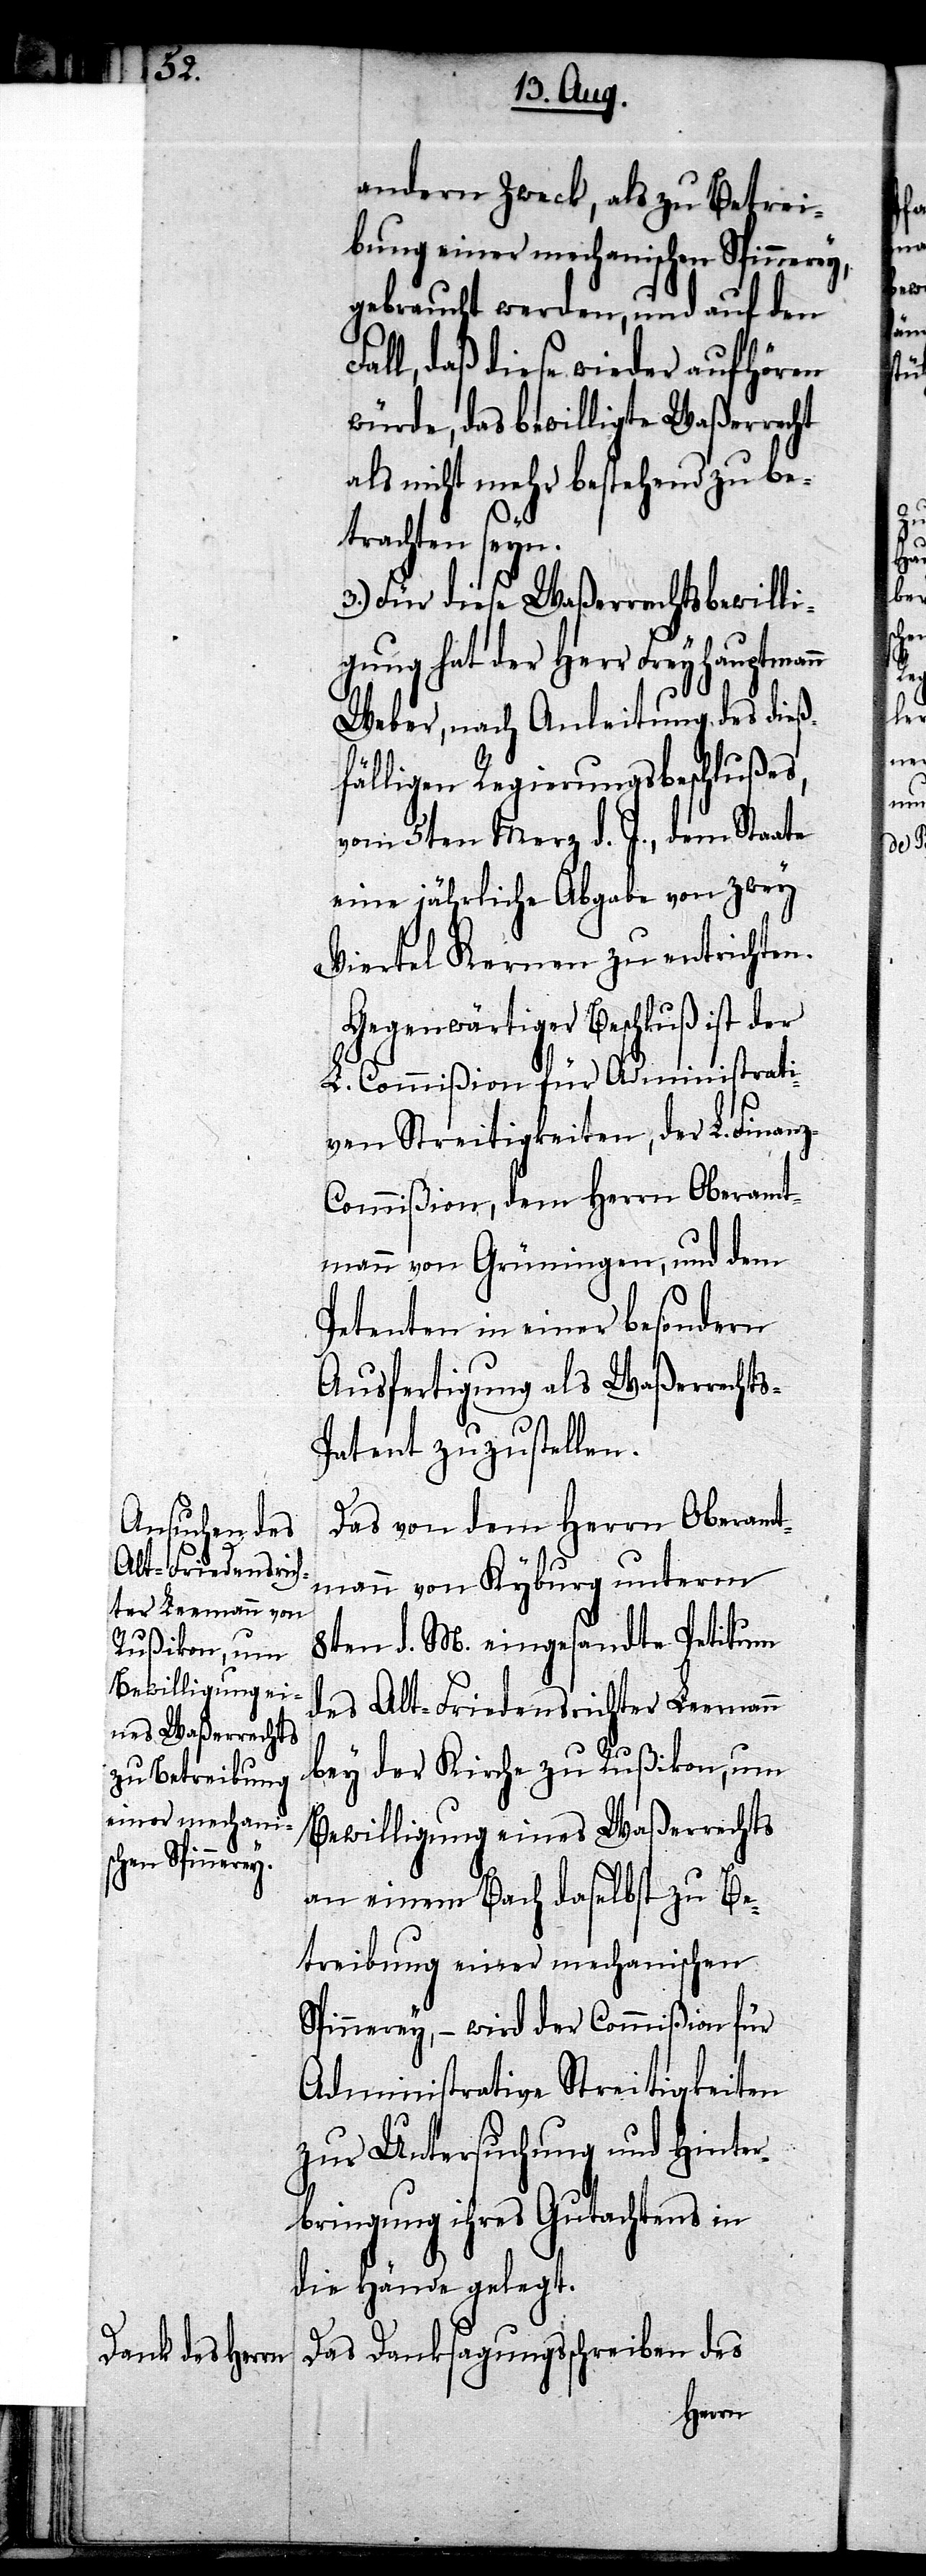
andern Zweck, als zu Betrei¬
bung einer mechanischen Spinner¬
gebraucht werden, und auf den
ll, daß diese wieder aufhören
würde, das bewilligte Waßerrecht
als nicht mehr bestehend zu be¬
trachten seyn.
3.) Für diese Waßerrechtsbewilli¬
gung hat der Herr Freyhauptmann
Weber, nach Anleitung des dieß¬
fälligen Regierungsbeschlußes,
vom 5ten Merz d. J., dem Staate
eine jährliche Abgabe von Zwey
Viertel Kernen zu entrichten.
Gegenwärtiger Beschluß ist der
L. Commißion für Administrati¬
ven Streitigkeiten, der L. Finan¬
z-Commißion, dem Herrn Oberamt¬
mann von Grüningen, und dem
Petenten in einer besondern
Ausfertigung als Waßerrecht¬
atent zuzustellen.
Das von dem Herrn Oberamt¬
mann von Kyburg unterm
8ten d. M. eingesandte Petitum
des Alt-Friedensrichter Leemann
bey der Kirche zu Russikon, um
Bewilligung eines Waßerrechts
an einem Bach daselbst zu Be¬
treibung einer mechanischen
Spinnerey, – wird der Commißion für
Administrative Streitigkeiten
zur Untersuchung und Hinter¬
bringung ihres Gutachtens in
die Hände gelegt.
Das Danksagungsschreiben des

s-P¬
Fa¬